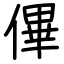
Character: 𠌫